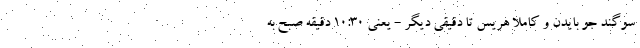
سوگند جو بایدن و کاملا هریس تا دقیقی دیگر - یعنی ۱۰:۳۰ دقیقه صبح به